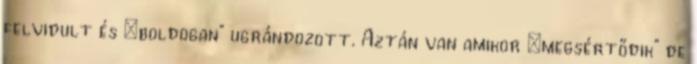
felvidult és „boldogan” ugrándozott. Aztán van amikor „megsértődik” de